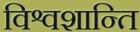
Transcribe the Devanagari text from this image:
विश्वशान्ति